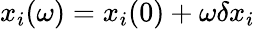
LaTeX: x_{i}(\omega)=x_{i}(0)+\omega\delta x_{i}